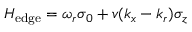
H _ { \mathrm { e d g e } } = \omega _ { r } \sigma _ { 0 } + v ( k _ { x } - k _ { r } ) \sigma _ { z }